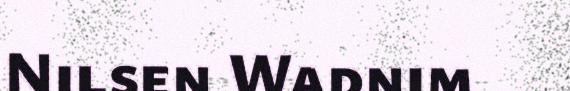
Nilsen Wadnim